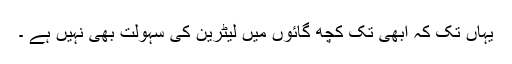
یہاں تک کہ ابھی تک کچھ گائوں میں لیٹرین کی سہولت بھی نہیں ہے ۔